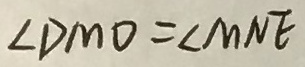
\angle D M O = \angle M N E